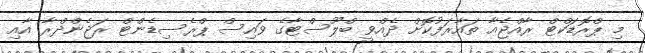
މި ޕްރޮޑަކްޓް ރާއްޖެއާ ތައާރަފުކޮށް ދެއްވީ ބްލޫސްޓާގެ ވައިސް ޕްރެސިޑެންޓް ރަޖެންދްރާ އާއި